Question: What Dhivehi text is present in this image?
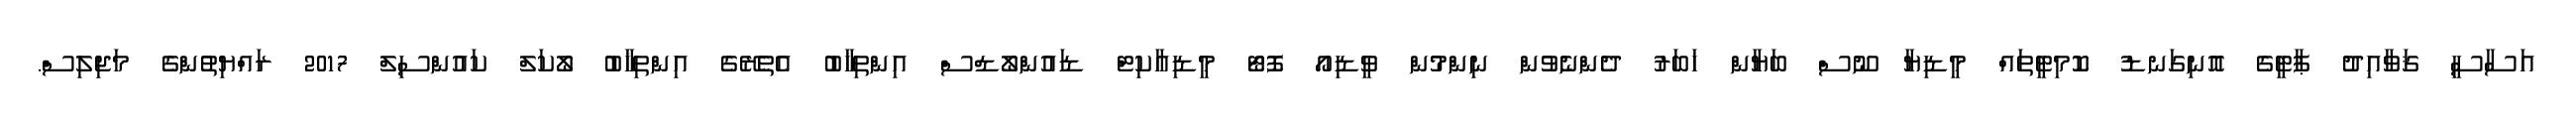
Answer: އަސާސީ ޤަވާއިދު ޕާޓީގެ އޮނިގަނޑު ކޮމިޓީތައް މީޑިޔާ ނޫސް ބަޔާން ޚަބަރު ދެންނެވުން ނިންމުން ވީޑިއޯ ފޮޓޯ މީޑިއާކިޓް ޑައުންލޯޑްސް އިންތިޚާބު އެތެރޭގެ އިންތިޚާބު ލޯކަލް ކައުންސިލް 2017 ރައްޔިތުންގެ މަޖިލިސް.